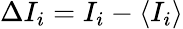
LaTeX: \Delta I_{i}=I_{i}-\langle I_{i}\rangle